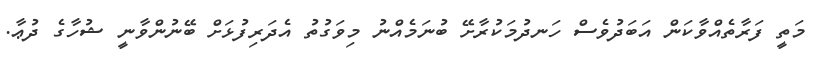
މަތީ ފަރާތެއްވާކަން އަބަދުވެސް ހަނދުމަކުރާށޭ ބުނަމެއްނު މިވަގުތު އެދަރިފުޅަށް ބޭނުންވާނީ ޝުހާގެ ދުޢާ.